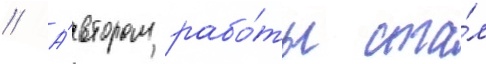
// А́втором рабо́ты ста́л